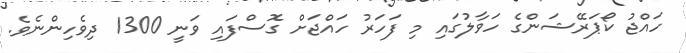
ހައްޖު ކޯޕަރޭޝަންގެ ހަވާލުގައި މި ފަހަރު ހައްޖަށް ގޮސްފައި ވަނީ 1300 ދިވެހިންނެވެ.